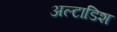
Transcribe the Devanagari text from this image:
अल्टाडिश